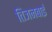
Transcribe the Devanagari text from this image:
तिजनबाई